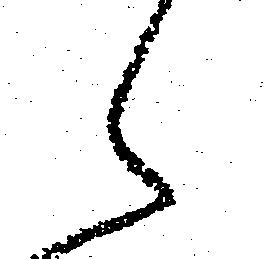
え